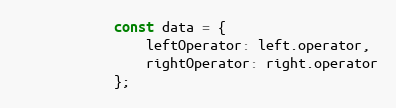
Language: JavaScript
            const data = {
                leftOperator: left.operator,
                rightOperator: right.operator
            };